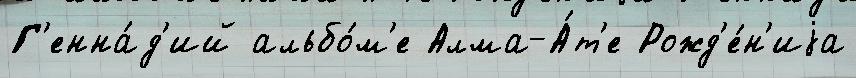
Г'енна́д'ий альбо́м'е Алма-А́т'е Рожд'е́н'иjа